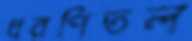
ধরণিতল